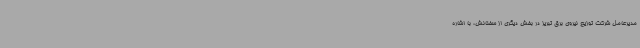
مدیرعامل شرکت توزیع نیروی برق تبریز در بخش دیگری از سخنانش، با اشاره